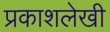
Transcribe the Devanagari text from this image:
प्रकाशलेखी